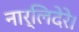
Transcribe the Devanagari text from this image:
नार्लिदेरे।